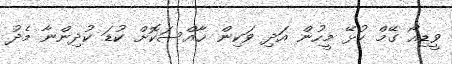
ވީޑިއޯ ގޭމް ކުޅޭ މީހުން އަދި ވަކިން ޚާއްސަކޮށް ކުޑަ ކުދިންނާ މެދު